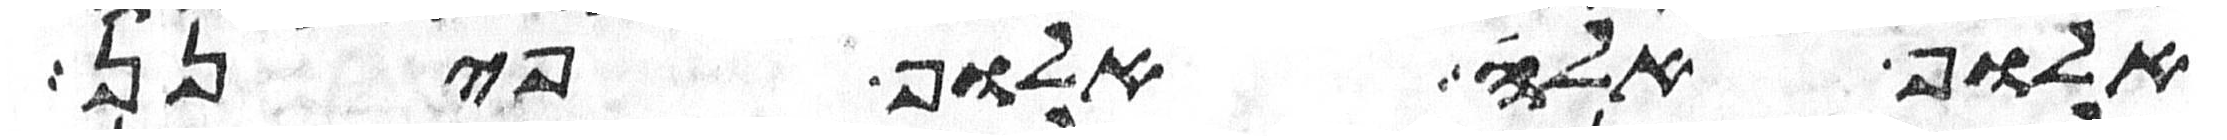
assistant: אלוף אלה אלוף פינן